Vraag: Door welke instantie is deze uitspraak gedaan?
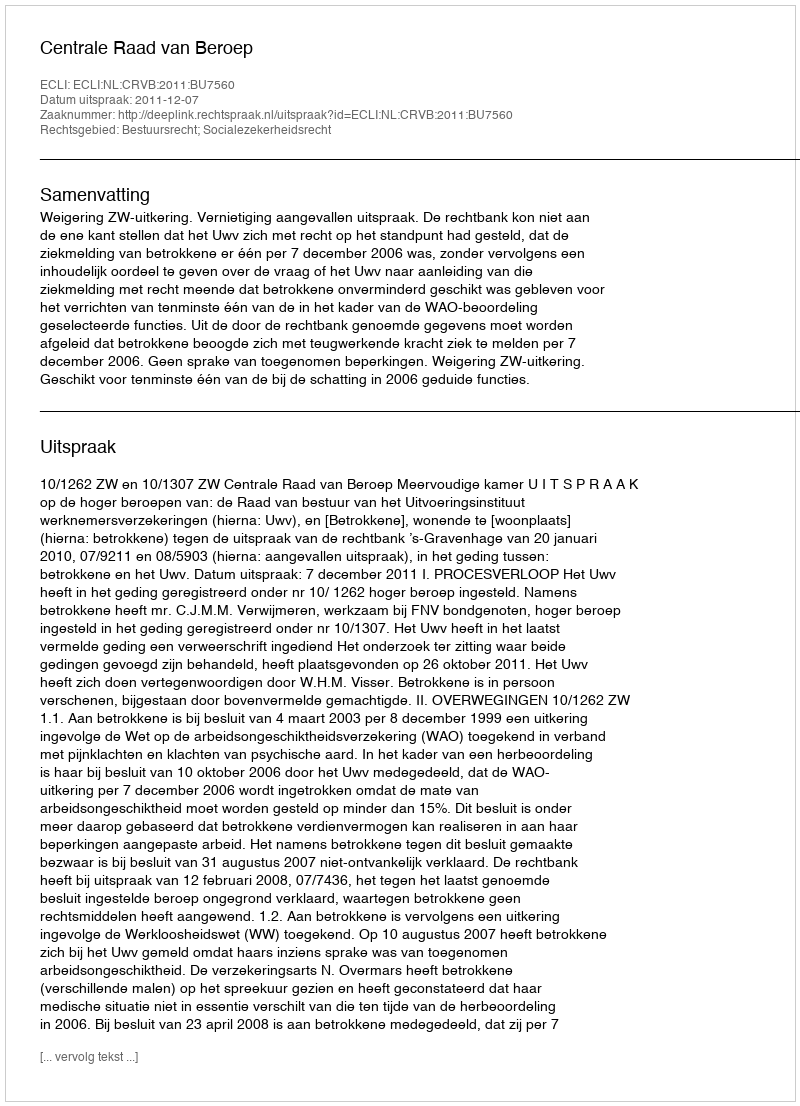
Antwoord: Centrale Raad van Beroep